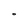
Character: O